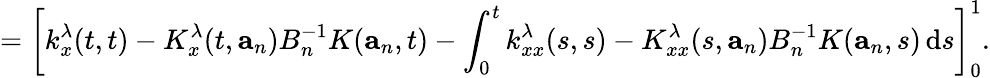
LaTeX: =\left[k_{x}^{\lambda}(t,t)-K_{x}^{\lambda}(t,\mathbf{a}_{n})B_{n}^{-1}K(\mathbf{a}_{n},t)-\int_{0}^{t}k_{xx}^{\lambda}(s,s)-K_{xx}^{\lambda}(s,\mathbf{a}_{n})B_{n}^{-1}K(\mathbf{a}_{n},s)\, \mathrm{d}s\right]_{0}^{1}.